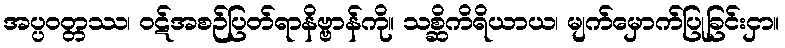
အပ္ပဝတ္တဿ၊ ဝဋ်အစဉ်ပြတ်ရာနိဗ္ဗာန်ကို။ သစ္ဆိကိရိယာယ၊ မျက်မှောက်ပြုခြင်းငှာ။